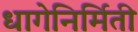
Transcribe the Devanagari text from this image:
धागेनिर्मिती